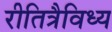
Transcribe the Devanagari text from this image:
रीतित्रैविध्य